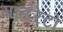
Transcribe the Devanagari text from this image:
मॉडरेटों